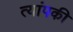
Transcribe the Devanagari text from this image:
त्यांपकी